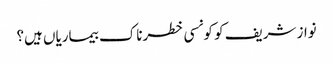
نواز شریف کو کونسی خطرناک بیماریاں ہیں؟